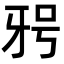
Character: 𭷐